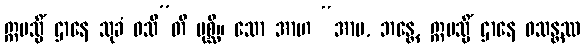
ဣမသ္မိံ ဌာနေ သုခံ ဝသီ”တိ ပုစ္ဆိ။ သော အာဟ “အာမ, ဘန္တေ, ဣမသ္မိံ ဌာနေ ဝသန္တဿ